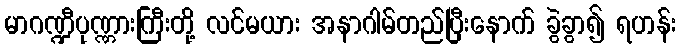
မာဂဏ္ဍီပုဏ္ဏားကြီးတို့ လင်မယား အနာဂါမ်တည်ပြီးနောက် ခွဲခွာ၍ ရဟန်း